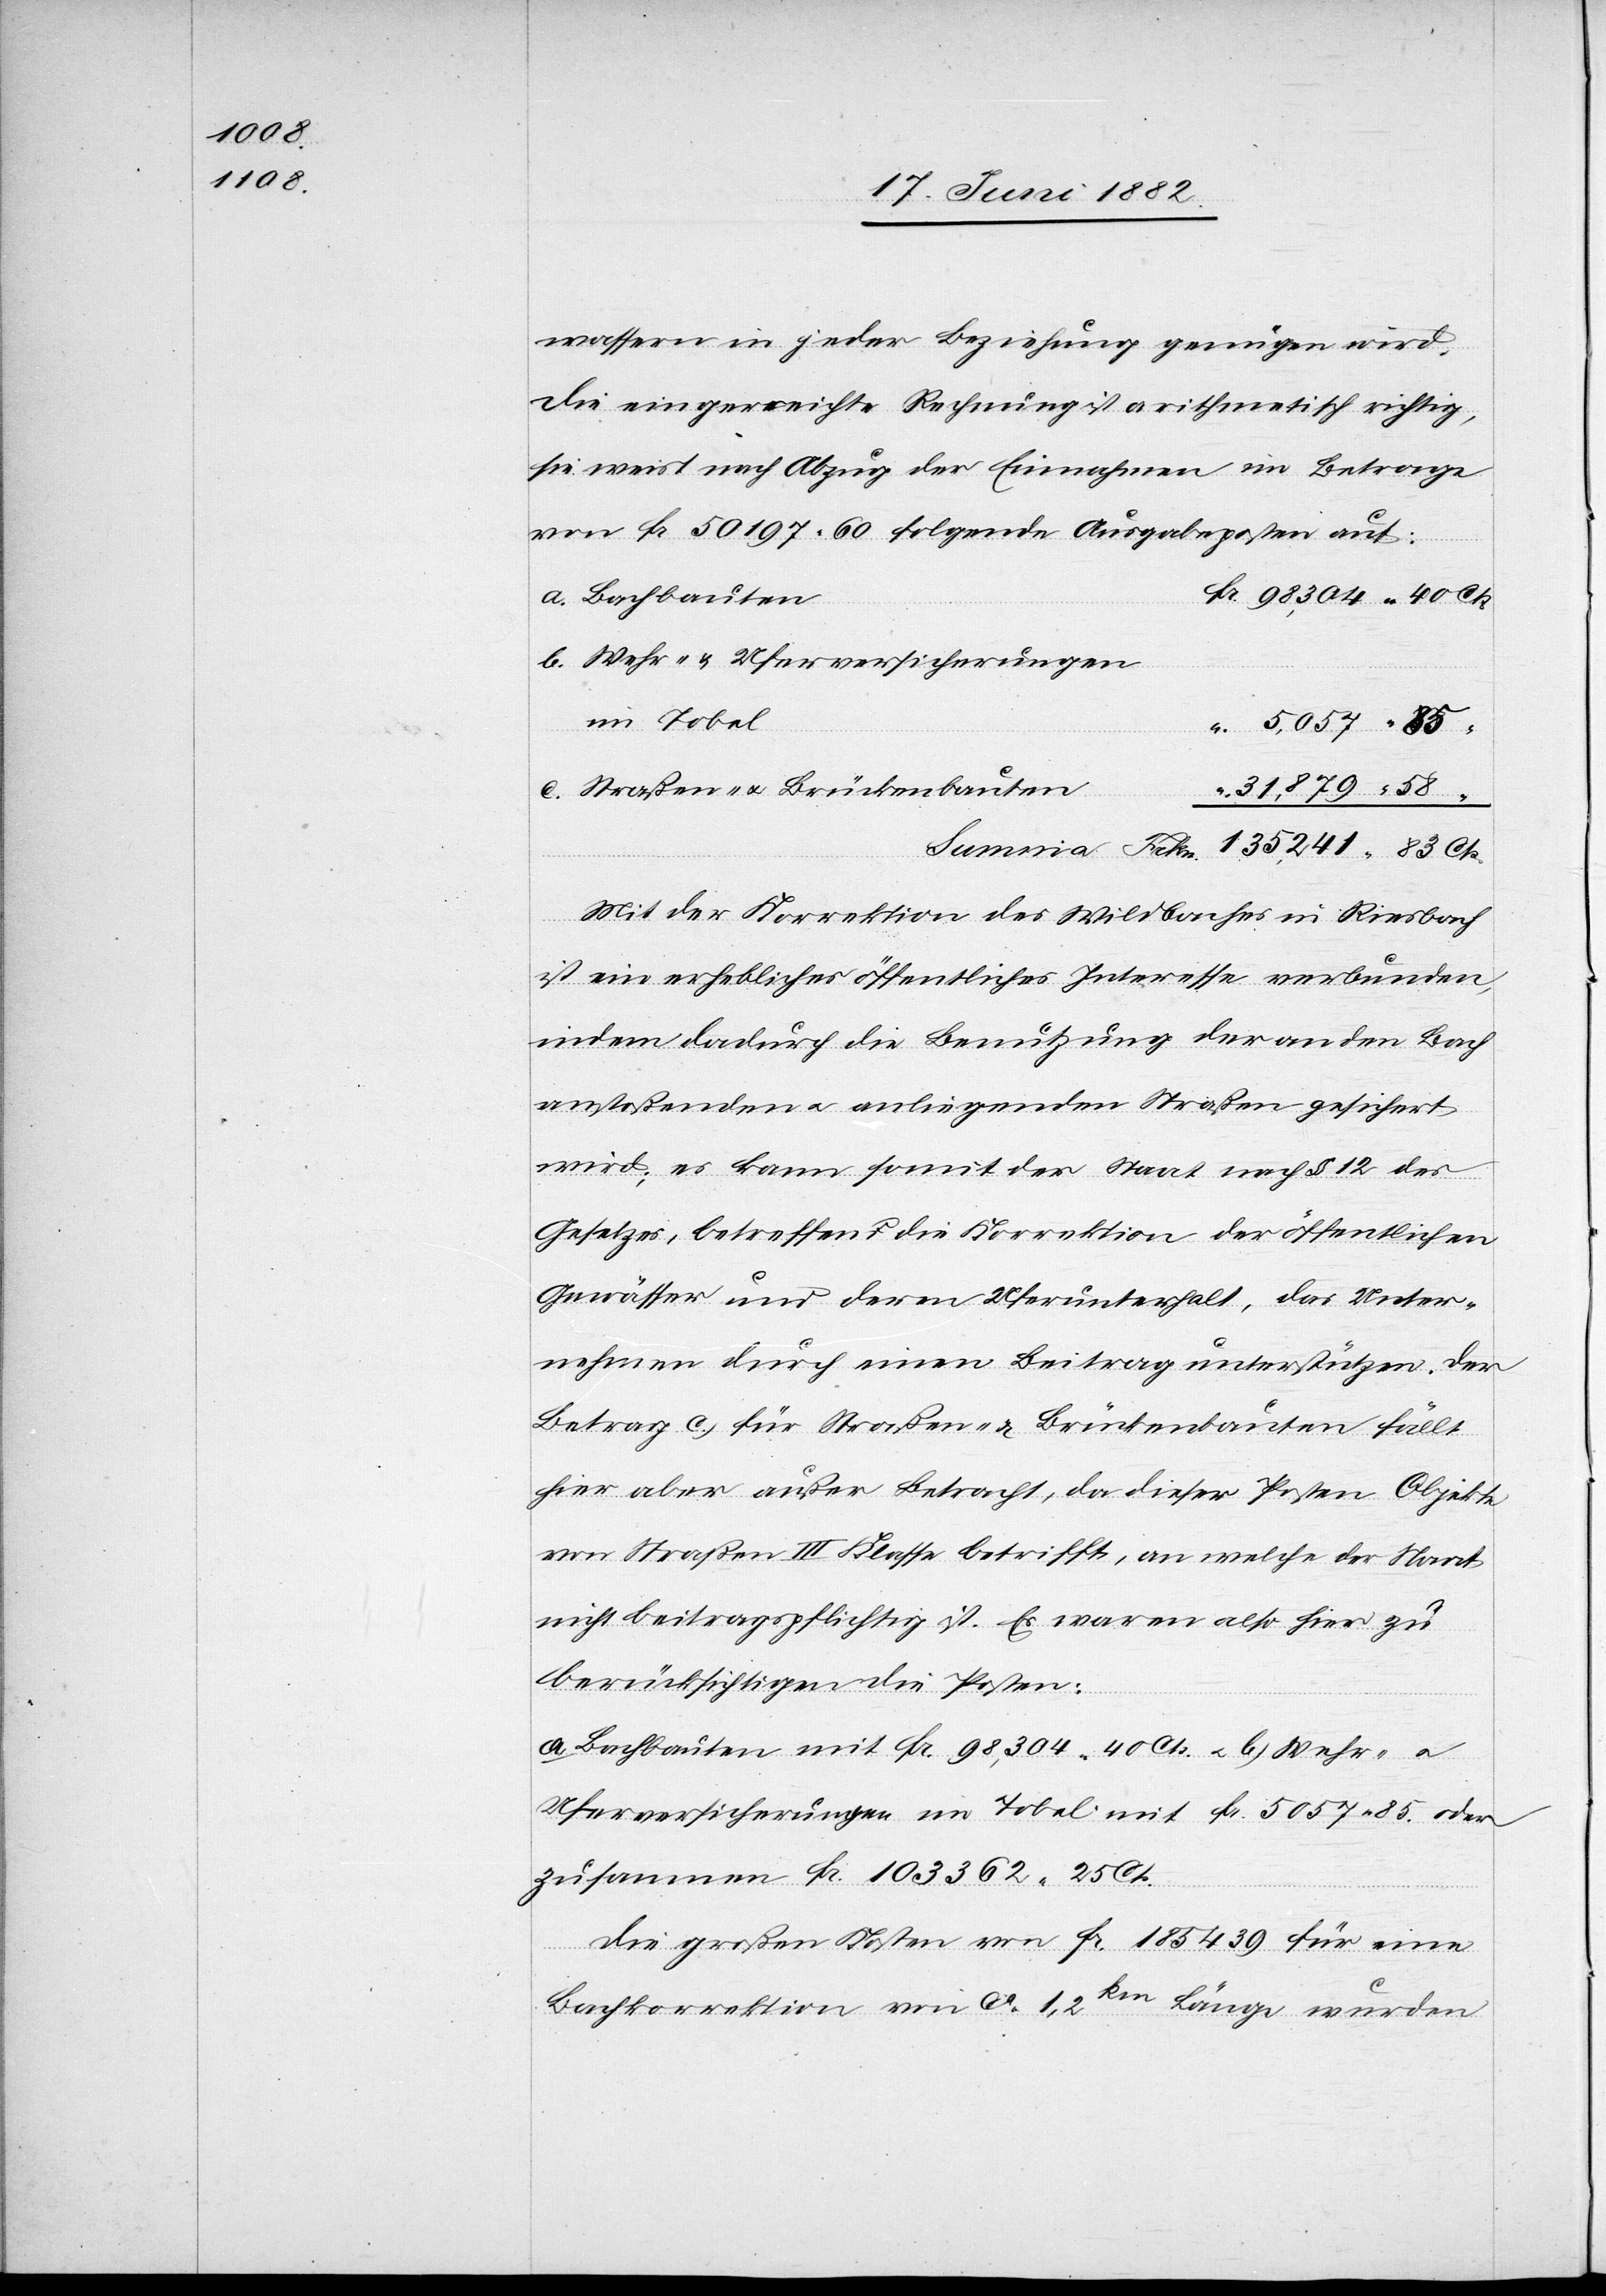
10

wassern in jeder Beziehung genügen wird.
Die eingereichte Rechnung ist arithmetisch richtig,
sie weist nach Abzug der Einnahmen im Betrage
von Fr. 50 197 60 folgende Ausgabeposten auf:
Cts.
a. Bachbauten
b. Wehr- & Uferversicherungen
im Tobel
c. Straßen- u. Brückenbauten
Mit der Korrektion des Wildbaches in Riesbach
ist ein erhebliches öffentliches Interesse verbunden,
indem dadurch die Benutzung der an den Bach
anstoßenden u. anliegenden Straßen gesichert
wird; es kann somit der Staat nach § 12 des
Gesetzes, betreffend die Korrektion der öffentlichen
Gewässer und deren Unterhalt, das Unter¬
nehmen durch einen Beitrag unterstützen. Der
Betrag c, für Straßen- & Brückenbauten fällt
hier aber außer Betracht, da dieser Posten Objekte
von Straßen III. Klasse betrifft, an welche der Staat
nicht beitragspflichtig ist. Es wären also hier zu
berücksichtigen die Posten:
a. Bachbauten mit Fr. 98,304 40 Cts. u. b. Wehr- u.
Ufersicherungen im Tobel mit Fr. 5057 85 oder
zusammen Fr. 103 362 25 Cts.
Die großen Kosten von Fr. 185 439 für eine
Bachkorrektion von ca 1,2km Länge wurden